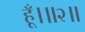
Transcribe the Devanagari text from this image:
हूँ।॥२॥